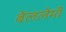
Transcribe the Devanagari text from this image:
बेललेमी